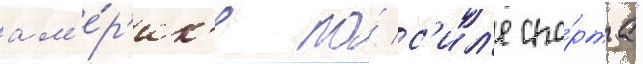
ам'е́р'ик'е по́ с'ил'е спо́рта"